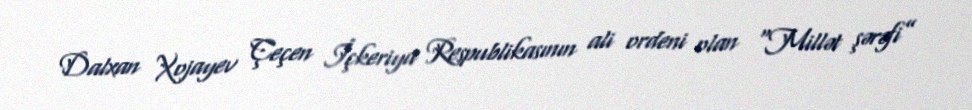
Dalxan Xojayev Çeçen İçkeriya Respublikasının ali ordeni olan “Millət şərəfi”